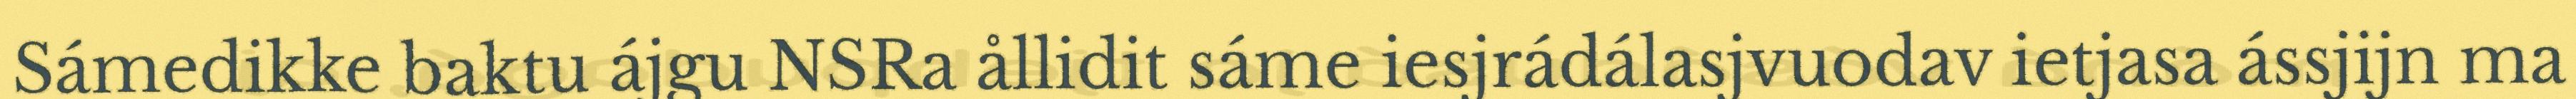
Sámedikke baktu ájgu NSRa ållidit sáme iesjrádálasjvuodav ietjasa ássjijn ma